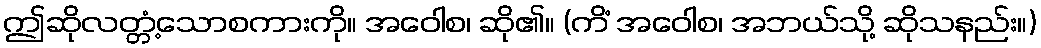
ဤဆိုလတ္တံ့သောစကားကို။ အဝေါစ၊ ဆို၏။ (ကိံ အဝေါစ၊ အဘယ်သို့ ဆိုသနည်း။)